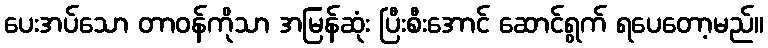
ပေးအပ်သော တာဝန်ကိုသာ အမြန်ဆုံး ပြီးစီးအောင် ဆောင်ရွက် ရပေတော့မည်။